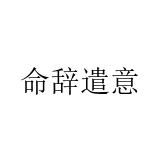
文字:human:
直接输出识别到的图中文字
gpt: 命辞遣意